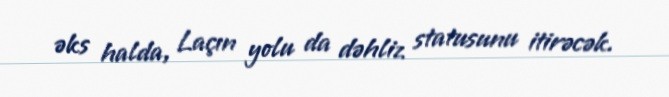
əks halda, Laçın yolu da dəhliz statusunu itirəcək.